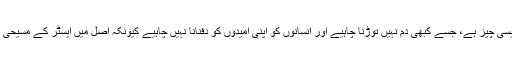
پاپائے روم نے کہا کہ امید ایک ایسی چیز ہے، جسے کبھی دم نہیں توڑنا چاہیے اور انسانوں کو اپنی امیدوں کو دفنانا نہیں چاہیے کیونکہ اصل میں ایسٹر کے مسیحی تہوار کا حقیقی پیغام بھی یہی ہے۔